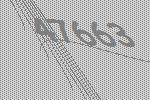
47663